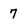
Character: 7